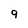
Character: 9